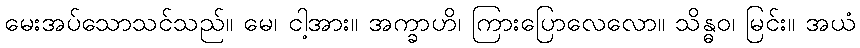
မေးအပ်သောသင်သည်။ မေ၊ ငါ့အား။ အက္ခာဟိ၊ ကြားပြောလေလော။ သိန္ဓဝ၊ မြင်း။ အယံ